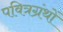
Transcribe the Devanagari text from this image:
पवित्रग्रंथों